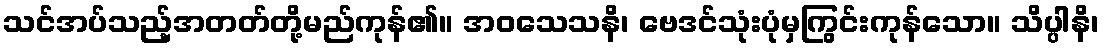
သင်အပ်သည့်အတတ်တို့မည်ကုန်၏။ အဝသေသနိ၊ ဗေဒင်သုံးပုံမှကြွင်းကုန်သော။ သိပ္ပါနိ၊